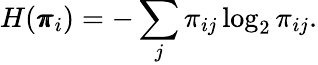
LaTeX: H(\pmb{\pi}_{i})=-\sum_{j}\pi_{ij}\log_{2}\pi_{ij}.